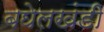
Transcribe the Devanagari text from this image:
बघेलखंडी